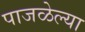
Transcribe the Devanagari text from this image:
पाजळेल्या